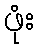
ဖုံး